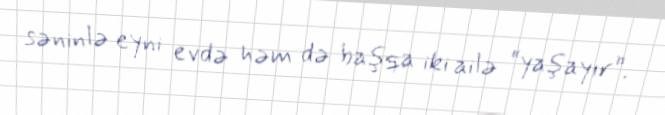
səninlə eyni evdə həm də başqa iki ailə “yaşayır”.